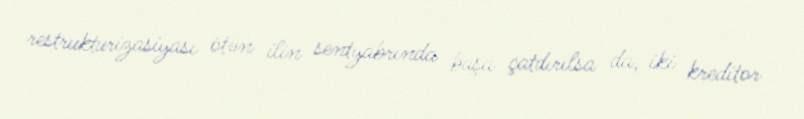
restrukturizasiyası ötən ilin sentyabrında başa çatdırılsa da, iki kreditor